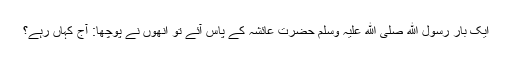
ایک بار رسول ﷲ صلی ﷲ علیہ وسلم حضرت عائشہ کے پاس آئے تو انھوں نے پوچھا: آج کہاں رہے؟